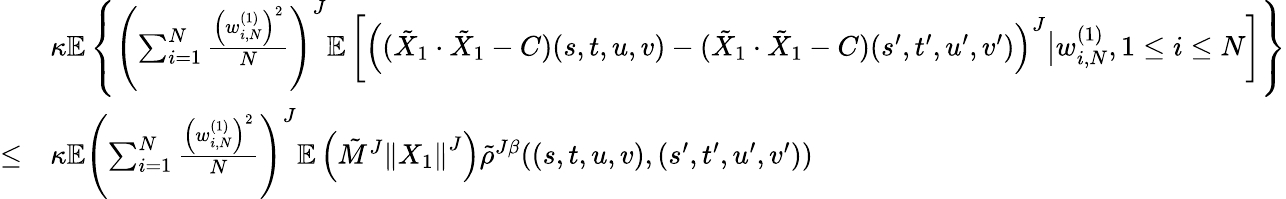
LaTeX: \begin{array}{rl}&{\kappa\mathbb{E}\left\{ \left(\sum_{i=1}^{N}\frac{\left(w_{i,N}^{(1)}\right)^{2}}{N}\right)^{J}\mathbb{E}\left[\left((\tilde{X}_{1}\cdot\tilde{X}_{1}-C)(s,t,u,v)-(\tilde{X}_{1}\cdot\tilde{X}_{1}-C)(s^{\prime},t^{\prime},u^{\prime},v^{\prime})\right)^{J}\big|w_{i,N}^{(1)},1\le i\le N\right]\right\} }\\ {\le}&{\kappa\mathbb{E}\left(\sum_{i=1}^{N}\frac{\left(w_{i,N}^{(1)}\right)^{2}}{N}\right)^{J}\mathbb{E}\left(\tilde{M}^{J}\left\| X_{1}\right\| ^{J}\right)\tilde{\rho}^{J\beta}((s,t,u,v),(s^{\prime},t^{\prime},u^{\prime},v^{\prime}))}\end{array}